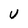
Character: v